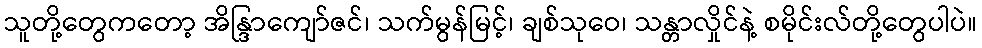
သူတို့တွေကတော့ အိန္ဒြာကျော်ဇင်၊ သက်မွန်မြင့်၊ ချစ်သုဝေ၊ သန္တာလှိုင်နဲ့ စမိုင်းလ်တို့တွေပါပဲ။